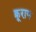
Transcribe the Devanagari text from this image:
क्रूराय